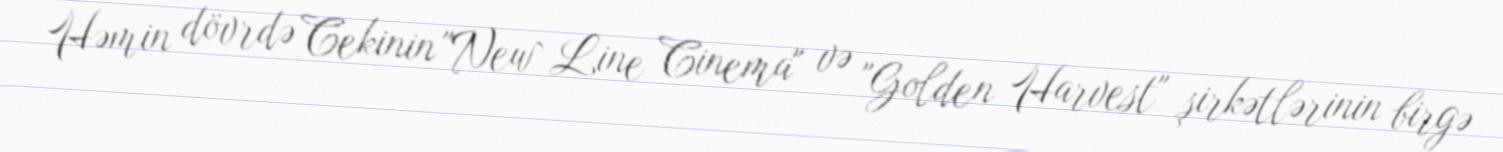
Həmin dövrdə Cekinin "New Line Cinema" və "Golden Harvest" şirkətlərinin birgə